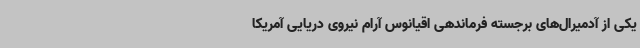
یکی از آدمیرال‌های برجسته فرماندهی اقیانوس آرام نیروی دریایی آمریکا